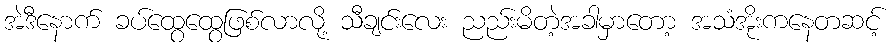
အဲဒီနောက် ခပ်ထွေထွေဖြစ်လာလို့ သီချင်းလေး ညည်းမိတဲ့အခါမှာတော့ အသံအိုးကနေတဆင့်